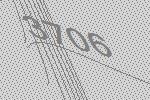
3706